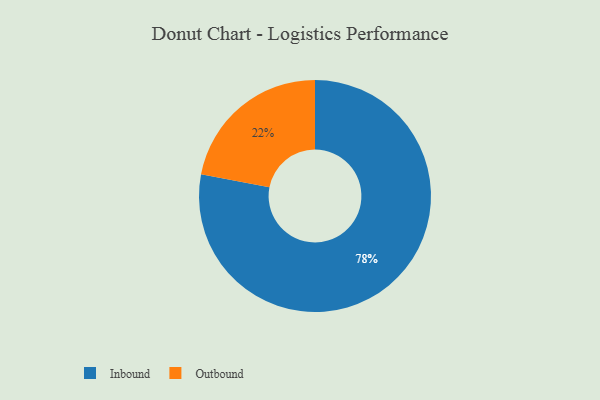
{"axis": {"x": "Category", "y": "Percentage"}, "legend": ["Inbound", "Outbound"], "data": [{"x": "Inbound", "y": 78, "type": "Inbound"}, {"x": "Outbound", "y": 22, "type": "Outbound"}]}